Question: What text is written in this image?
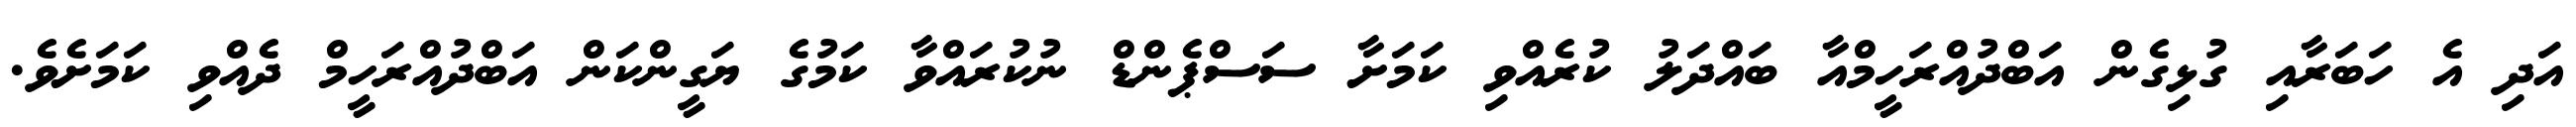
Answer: އަދި އެ ހަބަރާއި ގުޅިގެން އަބްދުއްރަހީމްއާ ބައްދަލު ކުރެއްވި ކަމަށާ ސަސްޕެންޑް ނުކުރައްވާ ކަމުގެ ޔަގީންކަން އަބްދުއްރަހީމް ދެއްވި ކަމަށެވެ.